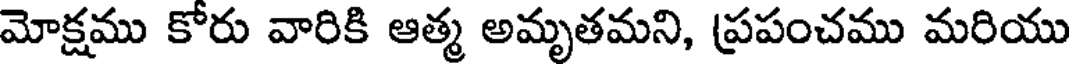
మోక్షము కోరు వారికి ఆత్మ అమృతమని, ప్రపంచము మరియు